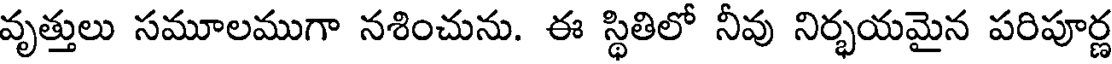
వృత్తులు సమూలముగా నశించును. ఈ స్థితిలో నీవు నిర్భయమైన పరిపూర్ణ